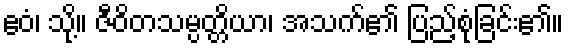
ဧဝံ၊ သို့။ ဇီဝိတသမ္ပတ္တိယာ၊ အသက်၏ ပြည့်စုံခြင်း၏။